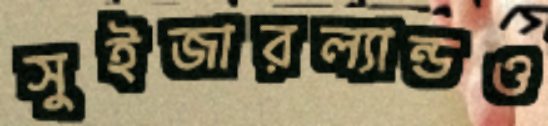
সুইজারল্যান্ডও